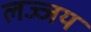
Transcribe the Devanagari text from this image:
लज्जय